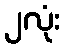
၂လုံး